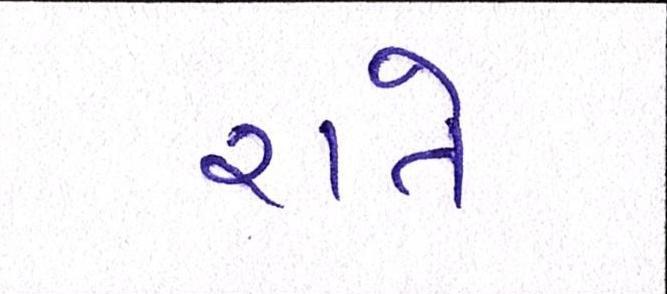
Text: રાતે